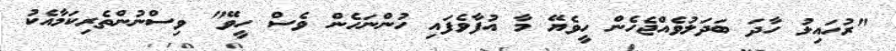
"ރުހައިލު ހާދަ ބަދަލުވެއްޖެހެން ހީވެޔޭ މާ އުފާވެފައި ހުންނަހެން ވެސް ހީވޭ" ވިސްނުންތެރިކަމާއެކު